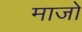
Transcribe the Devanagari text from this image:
माजो